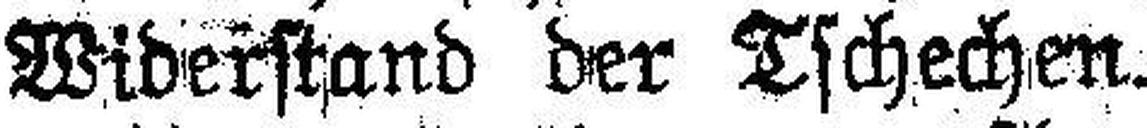
Widerstand der Tschechen.